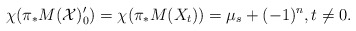
\begin{align*}\chi(\pi_* M(\mathcal{X})'_0) = \chi(\pi_* M(X_t)) = \mu_s + (-1)^n, t \neq 0.\end{align*}